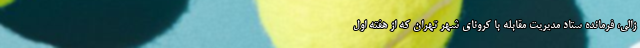
زالی، فرمانده ستاد مدیریت مقابله با کرونای شهر تهران که از هفته اول